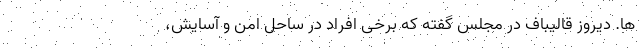
ها. دیروز قالیباف در مجلس گفته که برخی افراد در ساحل امن و آسایش،